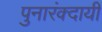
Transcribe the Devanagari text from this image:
पुनारंक्दायी